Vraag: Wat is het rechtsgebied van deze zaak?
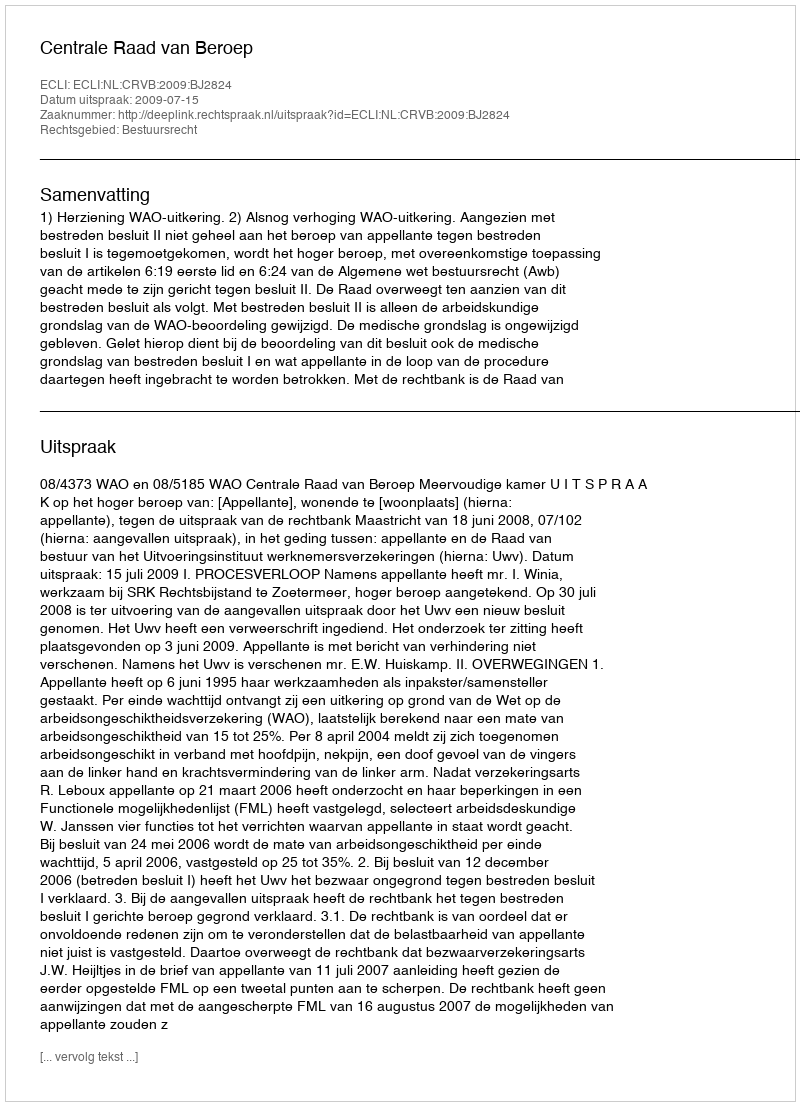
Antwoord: Bestuursrecht